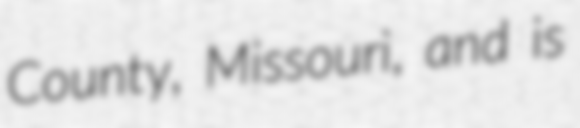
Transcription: County, Missouri, and is